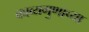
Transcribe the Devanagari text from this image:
काव्यगुणाच्या